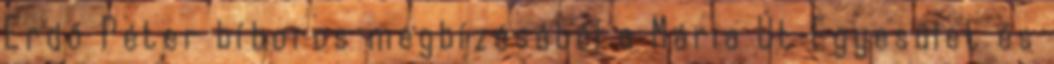
Erdő Péter bíboros megbízásából a Mária Út Egyesület és